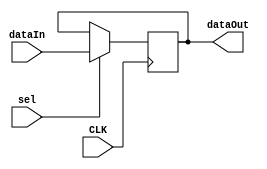
module sixBitRegister(
    input [5:0] dataIn,
    input CLK,
    output [5:0] dataOut,
    input sel
);
reg [5:0] tmp = 0; // initialize to 0
always @(posedge CLK) 
begin
    if (sel == 1) 
       tmp <= dataIn;
end
assign dataOut = tmp;
endmodule